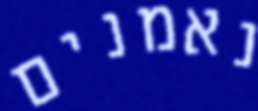
נאמנים